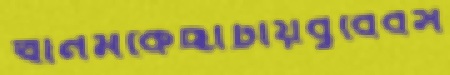
খানমকেছাটায়বুবেবস